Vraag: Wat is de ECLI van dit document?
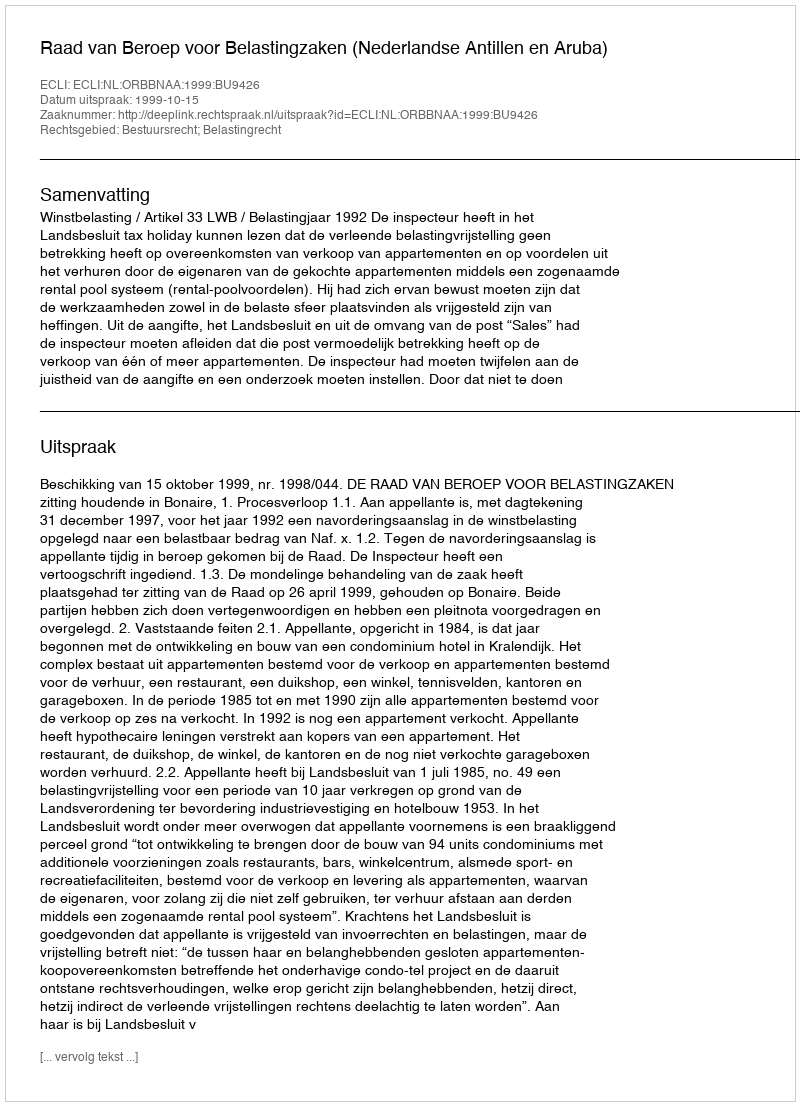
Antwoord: ECLI:NL:ORBBNAA:1999:BU9426